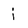
Character: j